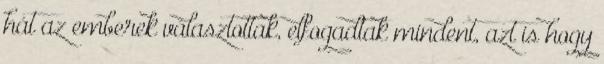
hát az emberek választottak, elfogadtak mindent, azt is hogy